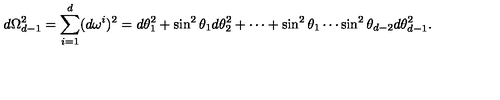
d \Omega _ { d - 1 } ^ { 2 } = \sum _ { i = 1 } ^ { d } ( d \omega ^ { i } ) ^ { 2 } = d \theta _ { 1 } ^ { 2 } + \sin ^ { 2 } \theta _ { 1 } d \theta _ { 2 } ^ { 2 } + \cdots + \sin ^ { 2 } \theta _ { 1 } \cdots \sin ^ { 2 } \theta _ { d - 2 } d \theta _ { d - 1 } ^ { 2 } .